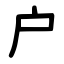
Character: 户